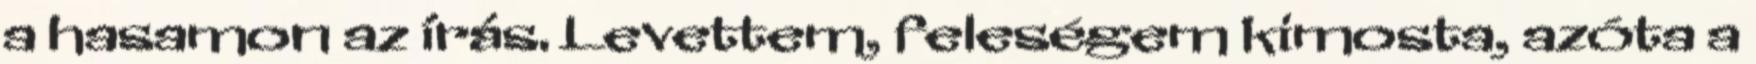
a hasamon az írás. Levettem, feleségem kimosta, azóta a